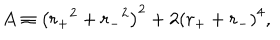
A \equiv \left( { r _ { + } } ^ { 2 } + { r _ { - } } ^ { 2 } \right) ^ { 2 } + 2 \left( r _ { + } + r _ { - } \right) ^ { 4 } ,